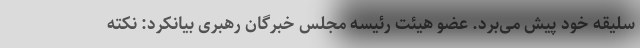
سلیقه خود پیش می‌برد. عضو هیئت رئیسه مجلس خبرگان رهبری بیانکرد: نکته